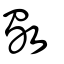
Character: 斀